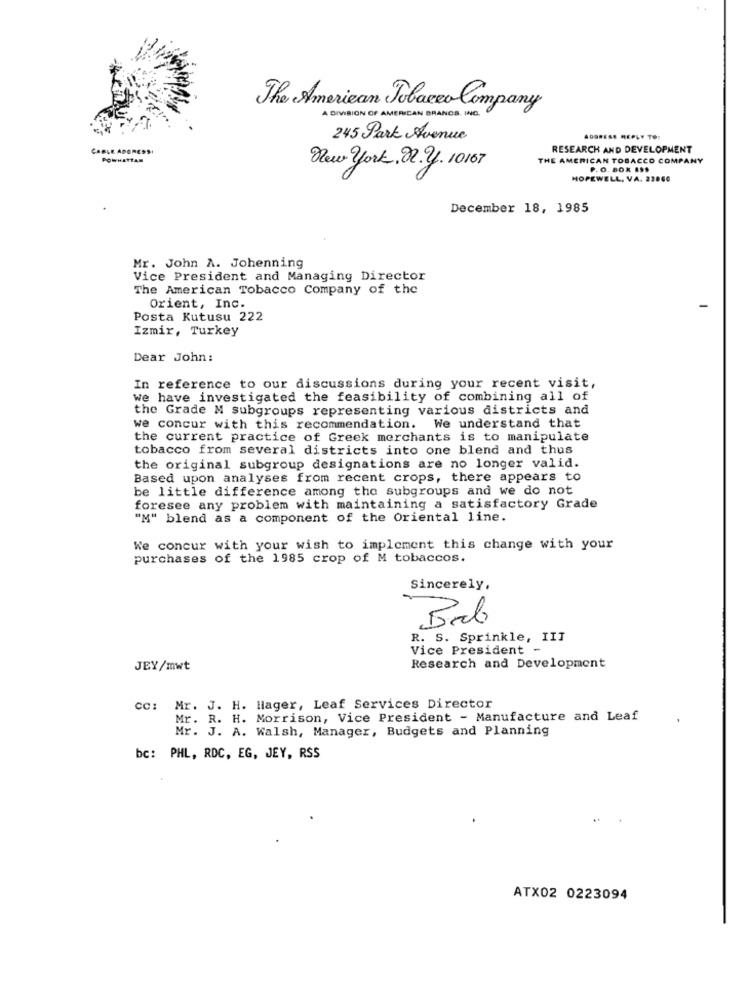
The American Tobacco Company
A DIVISION OF AMERICAN BRANDS. INC.
245 Park Avenue
ADORESA REPLY TO:
CABLE ADORESS
RESEARCH AND DEVELOPMENT
POWHATTAN
THE AMERICAN TOBACCO COMPANY
New york. 02.2. 10167
P. O. BOX 195
HOPEWELL, VA. 22000
December 18, 1985
Mr. John A. Johenning
Vice President and Managing Director
The American Tobacco Company of the
Orient, Inc.
Posta Kutusu 222
Izmir, Turkey
Dear John:
In reference to our discussions during your recent visit,
we have investigated the feasibility of combining all of
the Grade M subgroups representing various districts and
we concur with this recommendation. We understand that
the current practice of Greek merchants is to manipulate
tobacco from several districts into one blend and thus
the original subgroup designations are no longer valid.
Based upon analyses from recent crops, there appears to
be little difference among the subgroups and we do not
foresee any problem with maintaining a satisfactory Grade
"M" blend as a component of the Oriental line.
We concur with your wish to implement this change with your
purchases of the 1985 crop of M tobaccos.
Sincerely,
R. S. Sprinkle, III
Vice President -
JEY/mwt
Research and Development
cc: Mr. J. H. Hager, Leaf Services Director
Mr. R. H. Morrison, Vice President - Manufacture and Leaf
Mr. J. A. Walsh, Manager, Budgets and Planning
bc: PHL, RDC, EG, JEY, RSS
ATX02 0223094